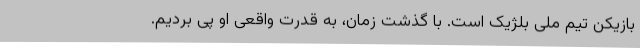
بازیکن تیم ملی بلژیک است. با گذشت زمان، به قدرت واقعی او پی بردیم.